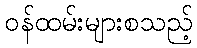
ဝန်ထမ်းများစသည့်